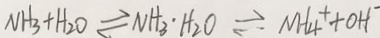
N H _ { 3 } + H _ { 2 } O \rightleftharpoons N H _ { 3 } \cdot H _ { 2 } O \rightleftharpoons N H _ { 4 } ^ { + } + O H ^ { - }